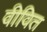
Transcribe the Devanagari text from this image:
वीवित